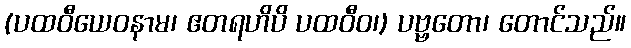
(ပထဝီယေဝနာမ၊ ဧတရဟိပိ ပထဝီဝ၊) ပဗ္ဗတော၊ တောင်သည်။